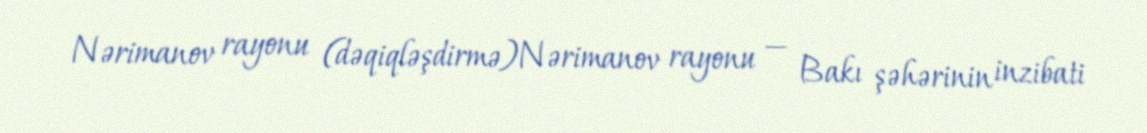
Nərimanov rayonu (dəqiqləşdirmə)Nərimanov rayonu — Bakı şəhərinin inzibati